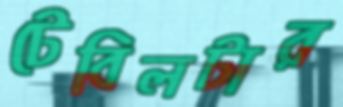
টেবিলটার